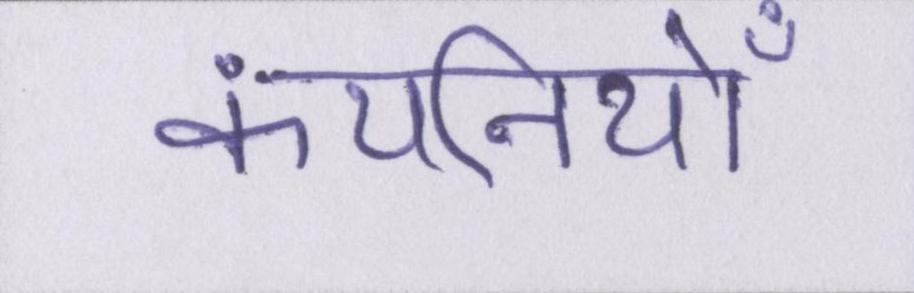
कंपनियोँ